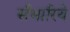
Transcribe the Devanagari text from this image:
सँभारिये